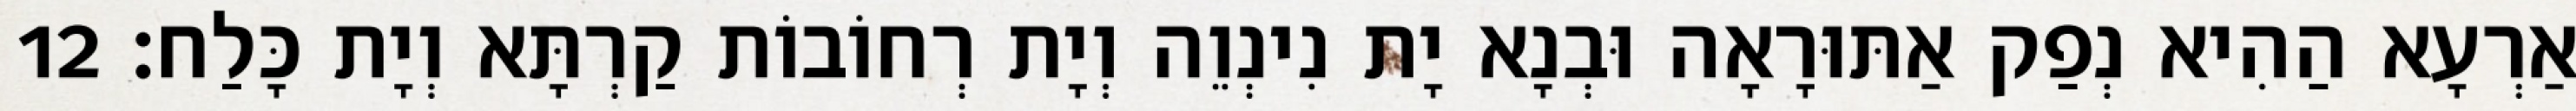
אַרְעָא הַהִיא נְפַק אַתּוּרָאָה וּבְנָא יָת נִינְוֵה וְיָת רְחוֹבוֹת קַרְתָּא וְיָת כָּלַח׃ 12